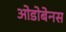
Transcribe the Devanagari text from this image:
ओडोबेनस